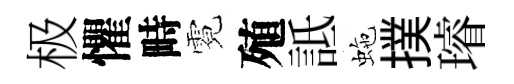
极懼畤霓殖詆虵撲璿